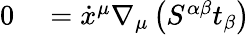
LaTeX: \begin{array}{rl}{0}&{{}=\dot{x}^{\mu}\nabla_{\mu}\left(S^{\alpha\beta}t_{\beta}\right)}\end{array}